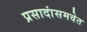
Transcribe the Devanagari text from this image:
प्रसादांसमवेत